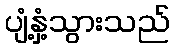
ပျံ့နှံ့သွားသည်